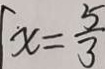
x = \frac { 5 } { 3 }